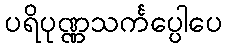
ပရိပုဏ္ဏသင်္ကပ္ပေါပေ